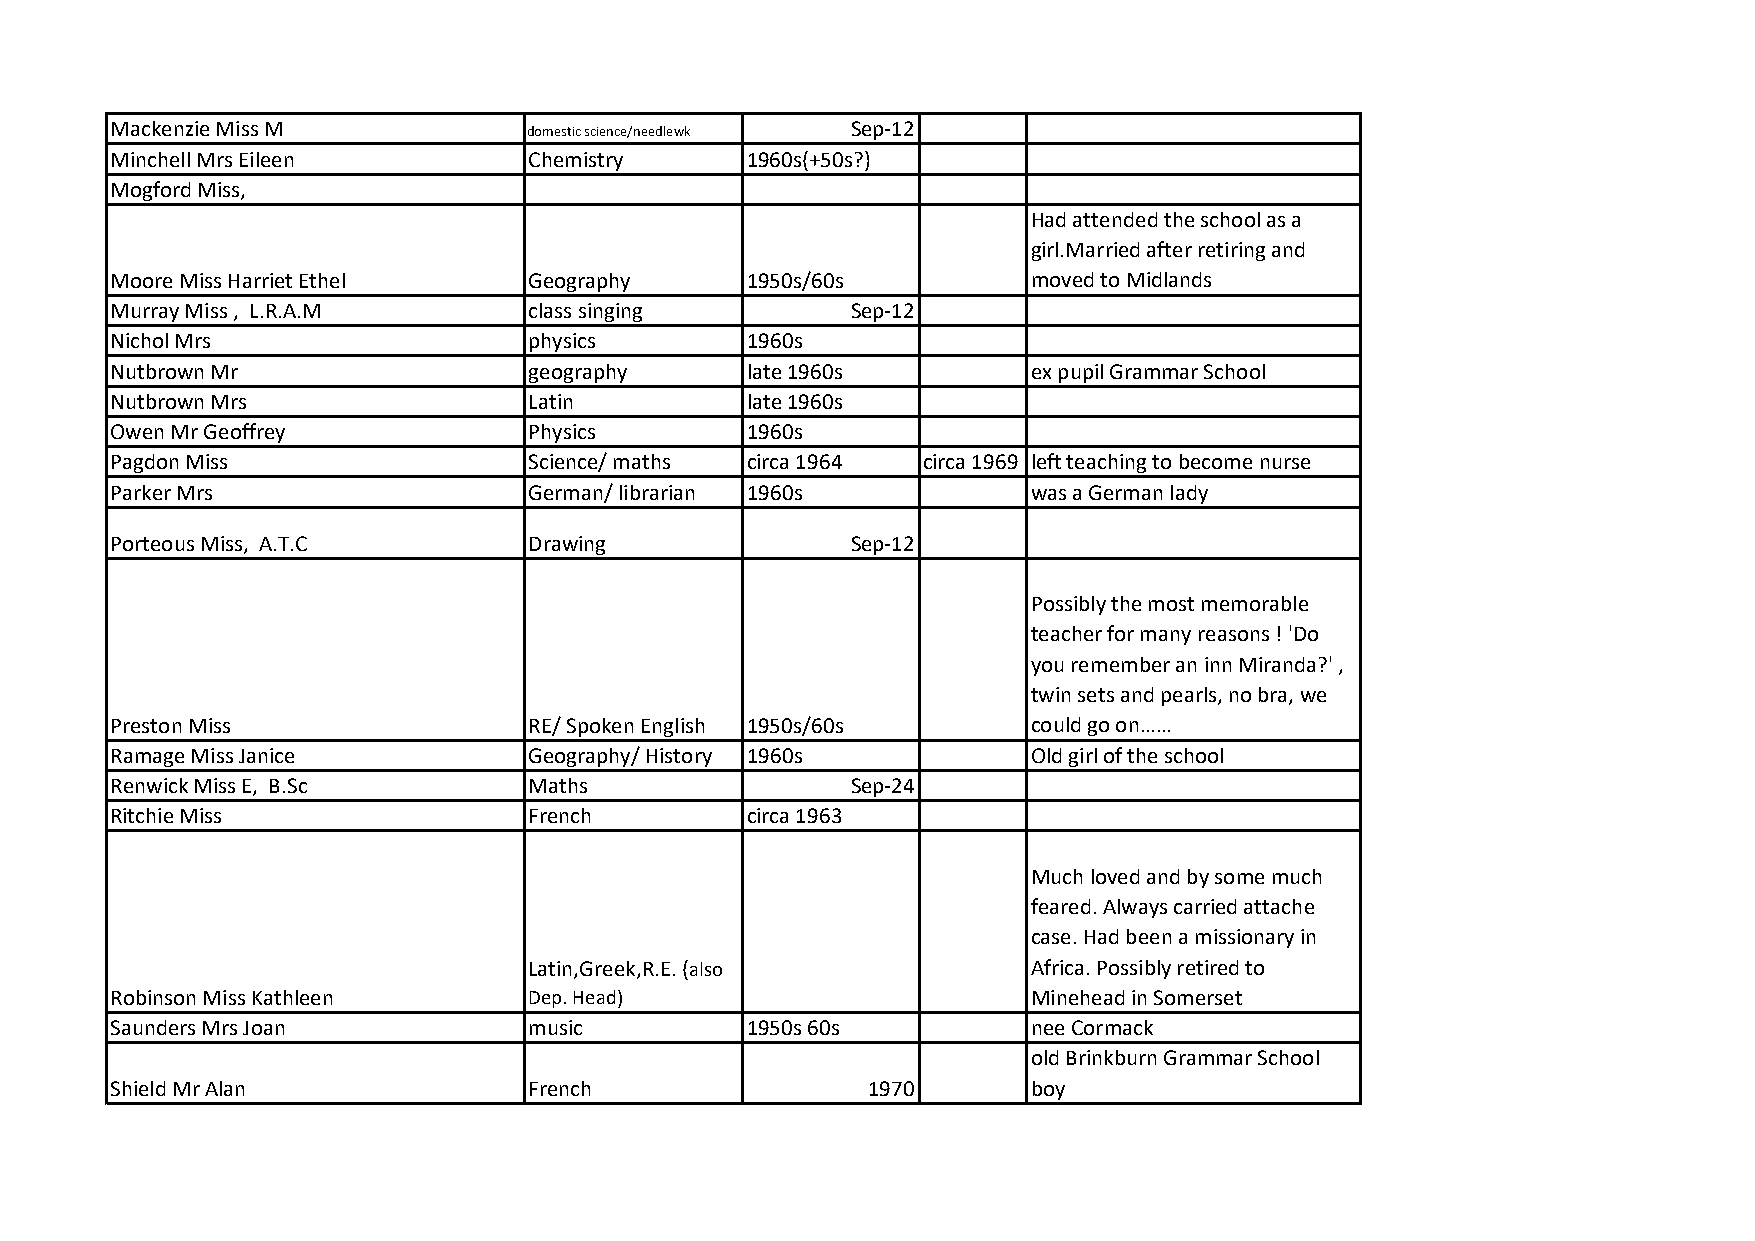
Mackenzie Miss M                                 Sep-12
 domestic science/needlewk
 Minchell Mrs Eileen         Chemistry     1960s(+50s?)
 Mogford Miss,
 Had attended the school as a
 girl.Married after retiring and
 Moore Miss Harriet Ethel    Geography     1950s/60s          moved to Midlands
 Murray Miss , L.R.A.M       class singing        Sep-12
 Nichol Mrs                  physics       1960s
 Nutbrown Mr                 geography     late 1960s         ex pupil Grammar School
 Nutbrown Mrs                Latin         late 1960s
 Owen Mr Geoffrey            Physics       1960s
 Pagdon Miss                 Science/ maths circa 1964 circa 1969 left teaching to become nurse
 Parker Mrs                  German/ librarian 1960s          was a German lady
 Porteous Miss, A.T.C        Drawing              Sep-12
 Possibly the most memorable
 teacher for many reasons ! 'Do
 you remember an inn Miranda?' ,
 twin sets and pearls, no bra, we
 Preston Miss                RE/ Spoken English 1950s/60s     could go on……
 Ramage Miss Janice          Geography/ History 1960s         Old girl of the school
 Renwick Miss E, B.Sc        Maths                Sep-24
 Ritchie Miss                French        circa 1963
 Much loved and by some much
 feared. Always carried attache
 case. Had been a missionary in
 Latin,Greek,R.E. (also           Africa. Possibly retired to
 Robinson Miss Kathleen      Dep. Head)                       Minehead in Somerset
 Saunders Mrs Joan           music         1950s 60s          nee Cormack
 old Brinkburn Grammar School
 Shield Mr Alan              French                1970       boy